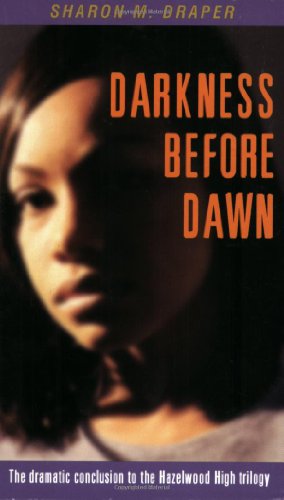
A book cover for Darkness Before Dawn; Sharon M. Draper; Teen & Young Adult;